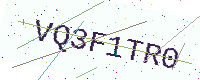
Text: VQ3F1TR0